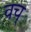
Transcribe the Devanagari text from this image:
वच्